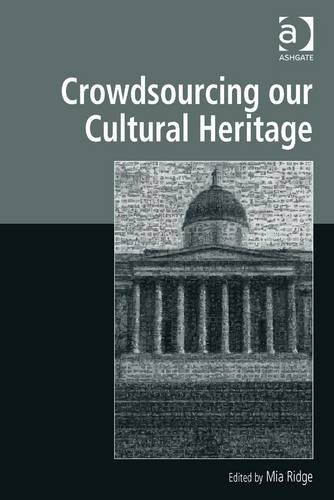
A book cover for Crowdsourcing Our Cultural Heritage (Digital Research in the Arts and Humanities); Business & Money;